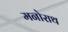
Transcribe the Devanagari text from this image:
मनोराथ